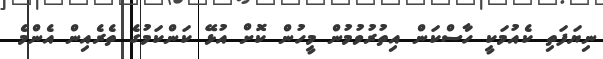
ނިޔަފަތި ކެއުމަކީ ހާސްކަން އިތުރުވުމުން މީހުން ކޮށް އުޅޭ ކަންކަމުގެ ތެރެއިން އެންމެ